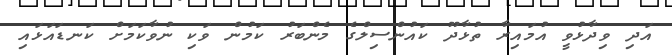
އަދި ވިދާޅުވީ އުމައިރާ ތުޅާދޫ ކައުންސިލްގެ މެންބަރު ކަމުން ވަކި ނުވާކަމަށް ކަނޑައަޅައި